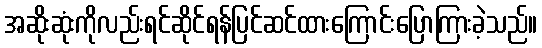
အဆိုးဆုံးကိုလည်းရင်ဆိုင်ရန်ပြင်ဆင်ထားကြောင်းပြောကြားခဲ့သည်။